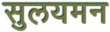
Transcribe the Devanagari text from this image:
सुलयमन